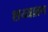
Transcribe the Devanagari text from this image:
शय्याव्रण